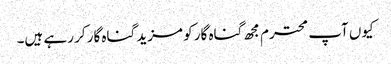
کیوں آپ محترم مجھ گناہ گار کو مزید گناہ گار کر رہے ہیں۔